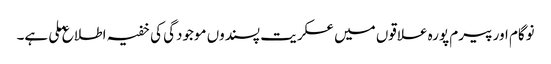
نوگام اور پیرم پورہ علاقوں میں عسکریت پسندوں موجودگی کی خفیہ اطلاع ملی ہے۔